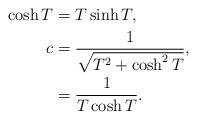
LaTeX: \begin{align*}\cosh{T}&=T\sinh{T},\\c &= \frac{1}{\sqrt{T^2+\cosh^2{T}}},\\ &=\frac{1}{T\cosh{T}}.\end{align*}